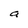
Character: a